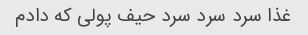
غذا سرد سرد سرد حیف پولی که دادم